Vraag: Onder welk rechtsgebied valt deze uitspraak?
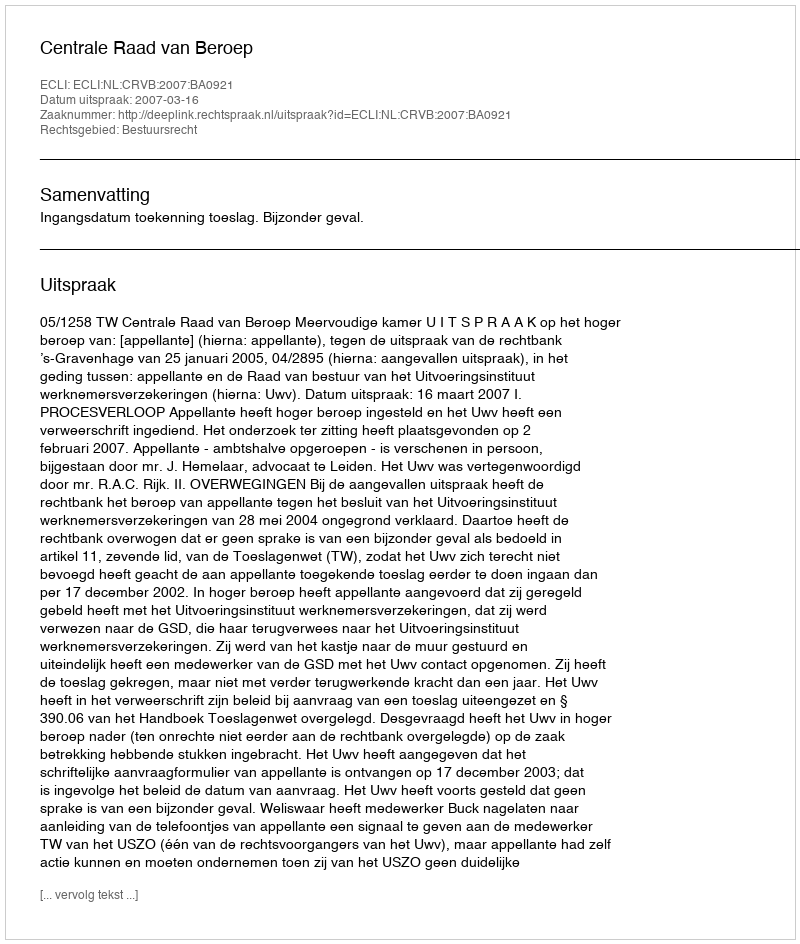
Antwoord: Bestuursrecht